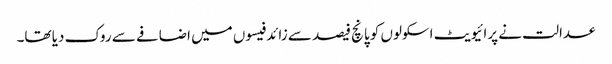
عدالت نے پرائیویٹ اسکولوں کو پانچ فیصد سے زائد فیسوں میں اضافے سے روک دیا تھا۔